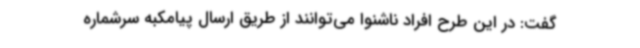
گفت: در این طرح افراد ناشنوا می‌توانند از طریق ارسال پیامکبه سرشماره